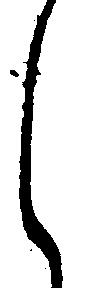
し